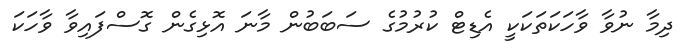
ދިމާ ނުވާ ވާހަކަތަކަކީ އެޑިޓް ކުރުމުގެ ސަބަބުން މާނަ އޮޅިގެން ގޮސްފައިވާ ވާހަކަ